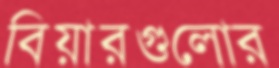
বিয়ারগুলোর